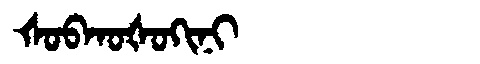
Manchu: ᡧᠣᠪᡴᠣᡧᠣᡴᡳᠨᡳ
Romanization: ŠOBKOŠOKINI